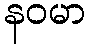
နဝမာ